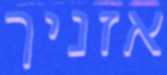
אזניך